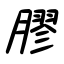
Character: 膠